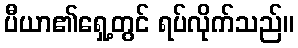
ပီယာ၏ရှေ့တွင် ရပ်လိုက်သည်။